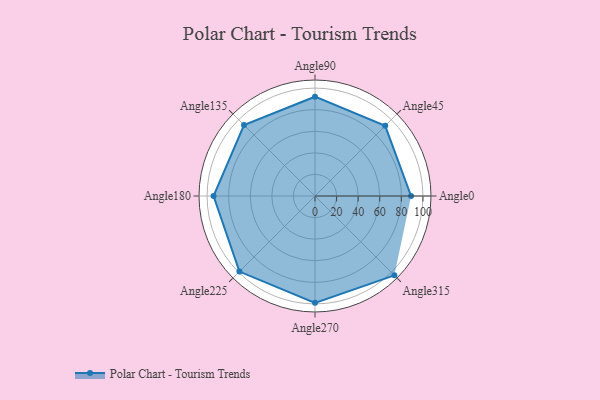
{"axis": {"x": "Angle", "y": "Radius"}, "legend": [""], "data": [{"x": "Angle0", "y": 89.0, "type": ""}, {"x": "Angle45", "y": 92.0, "type": ""}, {"x": "Angle90", "y": 92.0, "type": ""}, {"x": "Angle135", "y": 93.0, "type": ""}, {"x": "Angle180", "y": 94.0, "type": ""}, {"x": "Angle225", "y": 99.0, "type": ""}, {"x": "Angle270", "y": 99.0, "type": ""}, {"x": "Angle315", "y": 104.0, "type": ""}]}